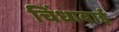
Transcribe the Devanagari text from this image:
चिंधाबाई